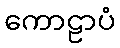
ကောဠာပံ